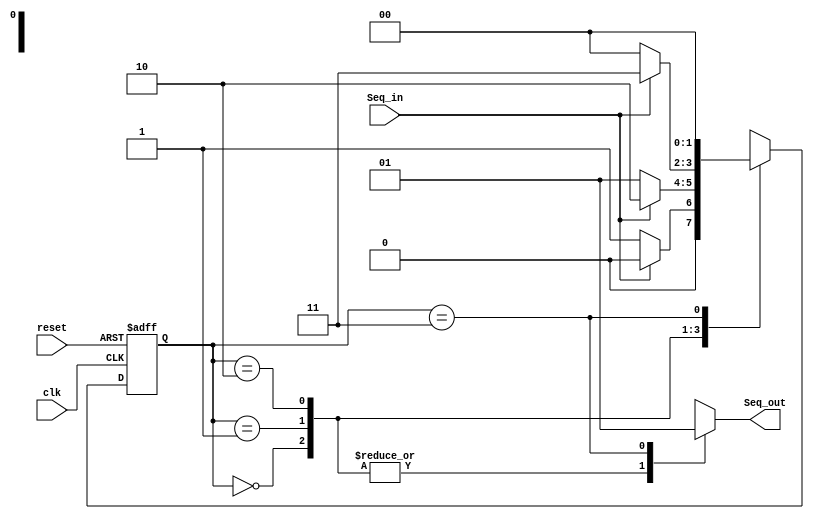
// Sequence Deterctor 011
module Seq_det(input  Seq_in,clk,reset,
               output reg Seq_out);
			   
			   
	parameter S0=2'b00,
	          S1=2'b01,
			  S2=2'b10,
			  S3=2'b11;
			  
reg [1:0] Present_state,next_state;
always @(posedge clk or negedge reset)
     begin 
	   if(!reset)
	    Present_state<=S0;
	   else
	    Present_state<=next_state;
	  end
	  
always @(Present_state,Seq_in)
  begin
    case(Present_state)
	  S0:begin
	    if(Seq_in==0)
		next_state =S1;
		else 
		next_state=S0;
		end
	  S1:begin
	    if(Seq_in==1)
		next_state=S2;
		else
		next_state=S1;
		end
      S2:begin
	    if(Seq_in==1)
		next_state=S3;
		else
		next_state=S0;
		end
	  S3:next_state=S0;

	 default:next_state=S0;
	 
	 endcase
end
	
always @(Present_state)
begin
 case(Present_state)
    S0: Seq_out =1'b0;
    S1: Seq_out =1'b0;
    S2: Seq_out =1'b0;
    S3: Seq_out =1'b1;
default: Seq_out=1'b0;
endcase
end

endmodule